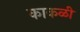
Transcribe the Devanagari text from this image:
काकळी